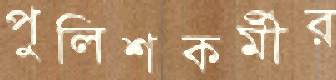
পুলিশকর্মীর